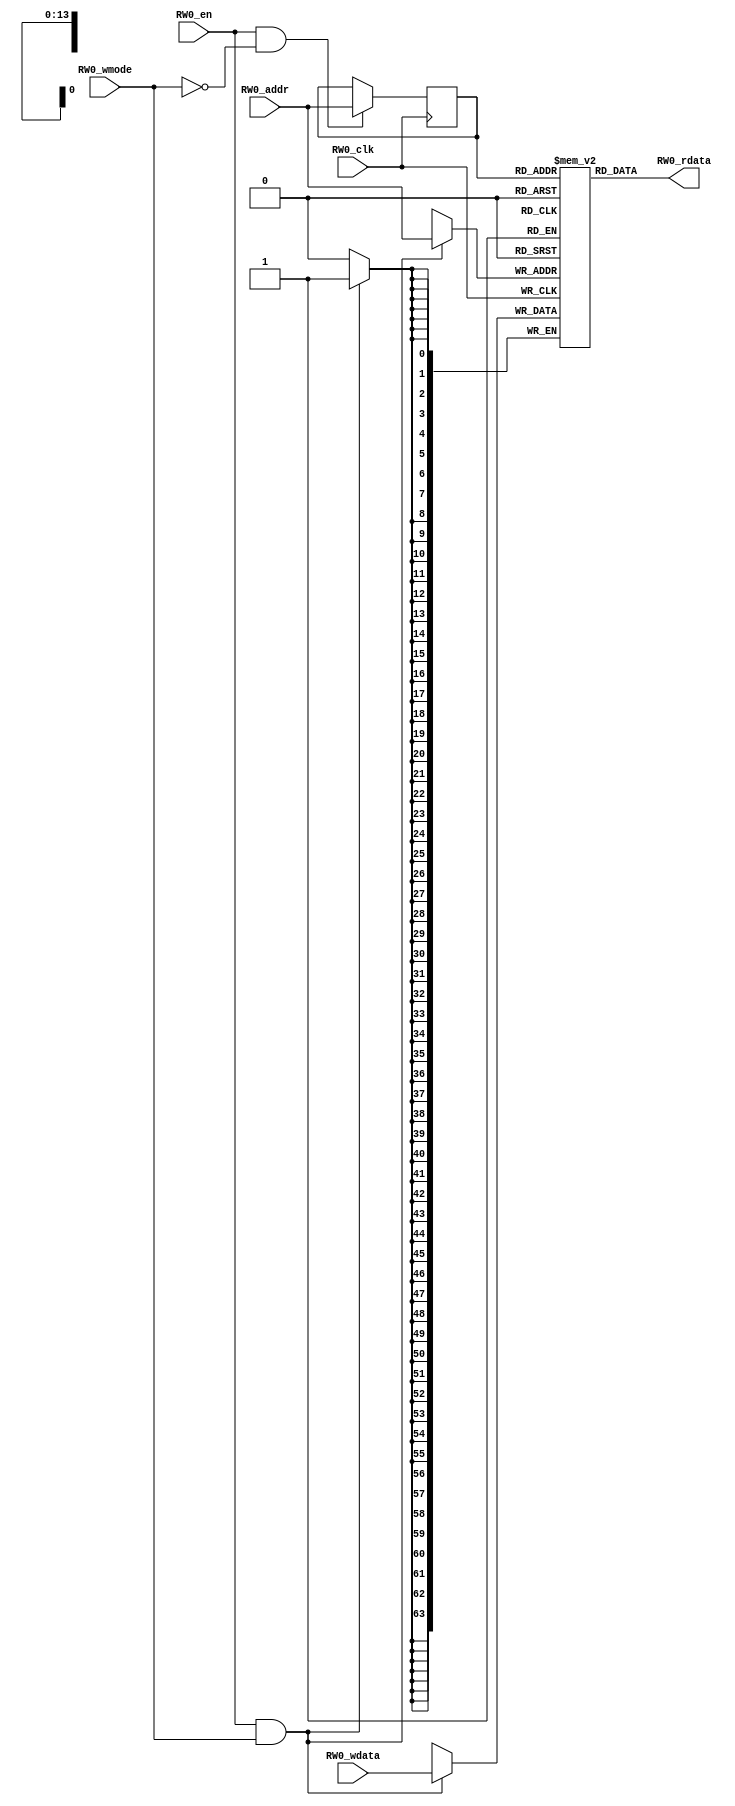
// name:array_32_ext depth:16384 width:64 masked:false maskGran:64 maskSeg:1
module array_32_ext(
  input RW0_clk,
  input [13:0] RW0_addr,
  input RW0_en,
  input RW0_wmode,
  input [63:0] RW0_wdata,
  output [63:0] RW0_rdata
);


  reg reg_RW0_ren;
  reg [13:0] reg_RW0_addr;
  reg [63:0] ram [16383:0];
  `ifdef RANDOMIZE_MEM_INIT
    integer initvar;
    initial begin
      #`RANDOMIZE_DELAY begin end
      for (initvar = 0; initvar < 16384; initvar = initvar+1)
        ram[initvar] = {2 {$random}};
      reg_RW0_addr = {1 {$random}};
    end
  `endif
  always @(posedge RW0_clk)
    reg_RW0_ren <= RW0_en && !RW0_wmode;
  always @(posedge RW0_clk)
    if (RW0_en && !RW0_wmode) reg_RW0_addr <= RW0_addr;
  always @(posedge RW0_clk)
    if (RW0_en && RW0_wmode) begin
      ram[RW0_addr][63:0] <= RW0_wdata[63:0];
    end
  `ifdef RANDOMIZE_GARBAGE_ASSIGN
  reg [63:0] RW0_random;
  `ifdef RANDOMIZE_MEM_INIT
    initial begin
      #`RANDOMIZE_DELAY begin end
      RW0_random = {$random, $random};
      reg_RW0_ren = RW0_random[0];
    end
  `endif
  always @(posedge RW0_clk) RW0_random <= {$random, $random};
  assign RW0_rdata = reg_RW0_ren ? ram[reg_RW0_addr] : RW0_random[63:0];
  `else
  assign RW0_rdata = ram[reg_RW0_addr];
  `endif

endmodule